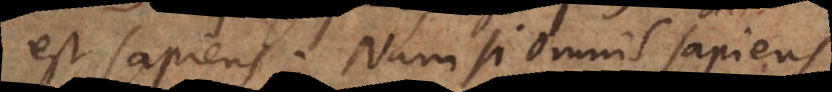
est sapiens. Nam si omnis sapiens